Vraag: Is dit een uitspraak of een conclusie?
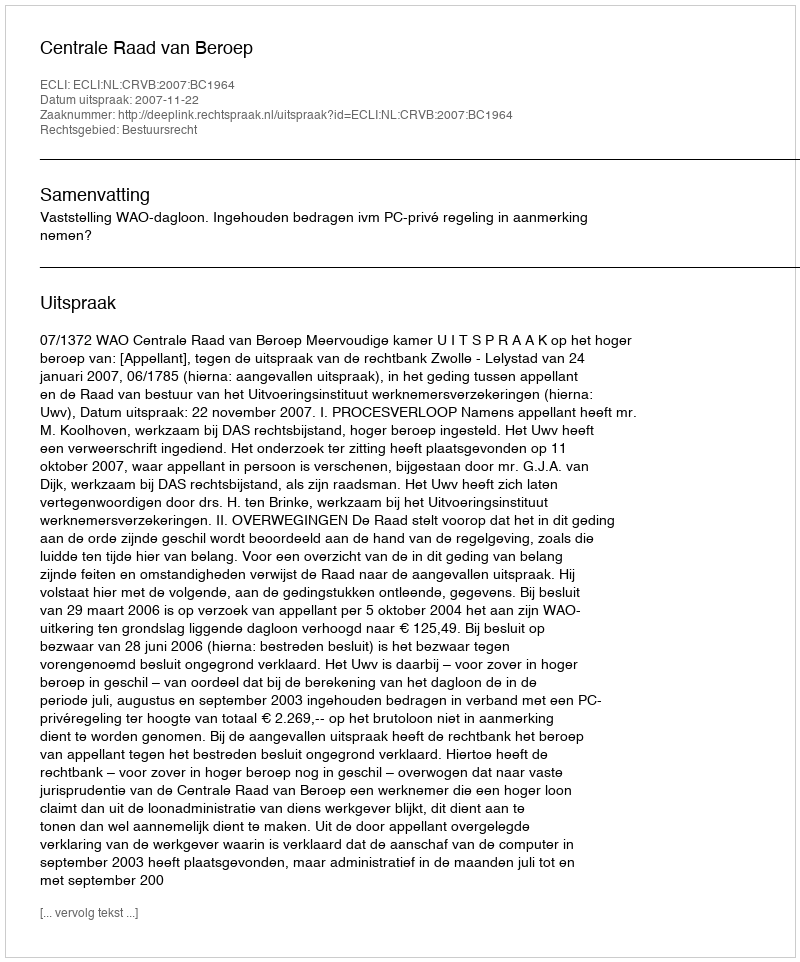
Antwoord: Uitspraak